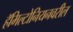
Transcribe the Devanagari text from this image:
हॅमिल्टोनियनवरील